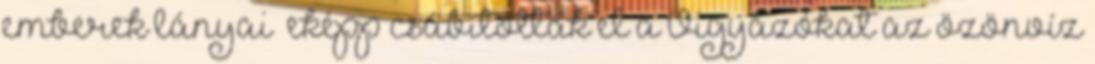
emberek lányai eképp csábították el a Vigyázókat az özönvíz